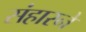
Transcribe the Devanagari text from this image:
संहारने